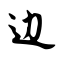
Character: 边